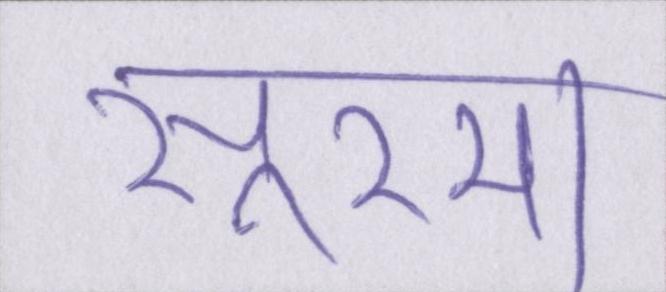
सूरमा